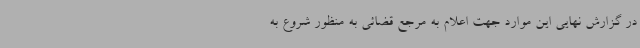
در گزارش نهایی این موارد جهت اعلام به مرجع قضائی به منظور شروع به